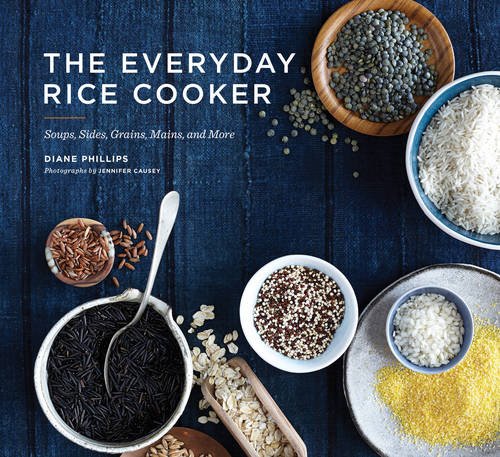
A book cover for The Everyday Rice Cooker: Soups, Sides, Grains, Mains, and More; Diane Phillips; Cookbooks, Food & Wine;